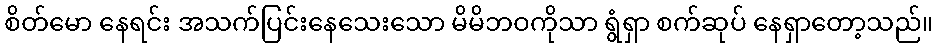
စိတ်မော နေရင်း အသက်ပြင်းနေသေးသော မိမိဘဝကိုသာ ရွံရှာ စက်ဆုပ် နေရှာတော့သည်။